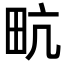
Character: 㽘